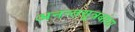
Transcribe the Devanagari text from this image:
अनन्तसूत्रबांधा